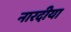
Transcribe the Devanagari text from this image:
नारदीया